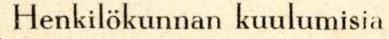
Henkilökunnan kuulumisia